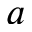
a